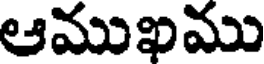
ఆముఖము